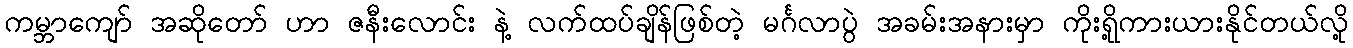
ကမ္ဘာကျော် အဆိုတော် ဟာ ဇနီးလောင်း နဲ့ လက်ထပ်ချိန်ဖြစ်တဲ့ မင်္ဂလာပွဲ အခမ်းအနားမှာ ကိုးရို့ကားယားနိုင်တယ်လို့